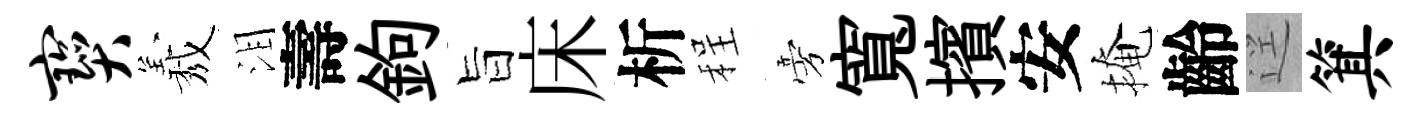
宝𦏁泪壽鉤旨床析程旁寬擯安掩齡逕箕